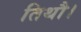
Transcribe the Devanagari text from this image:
तिथौ।